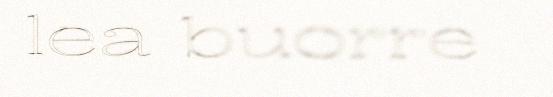
lea buorre